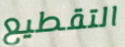
التقطيع